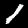
Digit: 1